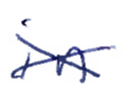
Text: in
Cross-out: cross
Writing tool: ballpoint